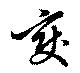
變